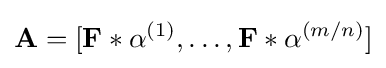
{\textbf {A}}=[{\textbf {F}}\ast \alpha ^{(1)},\ldots ,{\textbf {F}}\ast \alpha ^{(m/n)}]